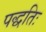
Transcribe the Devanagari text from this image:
पद्धतिः